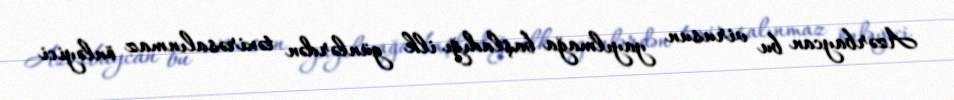
Azərbaycan bu virusun yayılmağa başladığı ilk günlərdən təxirəsalınmaz önləyici